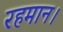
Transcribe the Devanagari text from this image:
रहमान।